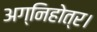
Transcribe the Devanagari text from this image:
अग्निहोत्र।